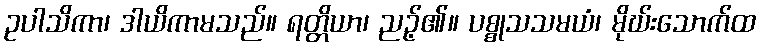
ဥပါသိကာ၊ ဒါယိကာမသည်။ ရတ္တိယာ၊ ညဉ့်၏။ ပစ္စုသသမယံ၊ မိုဃ်းသောက်ထ